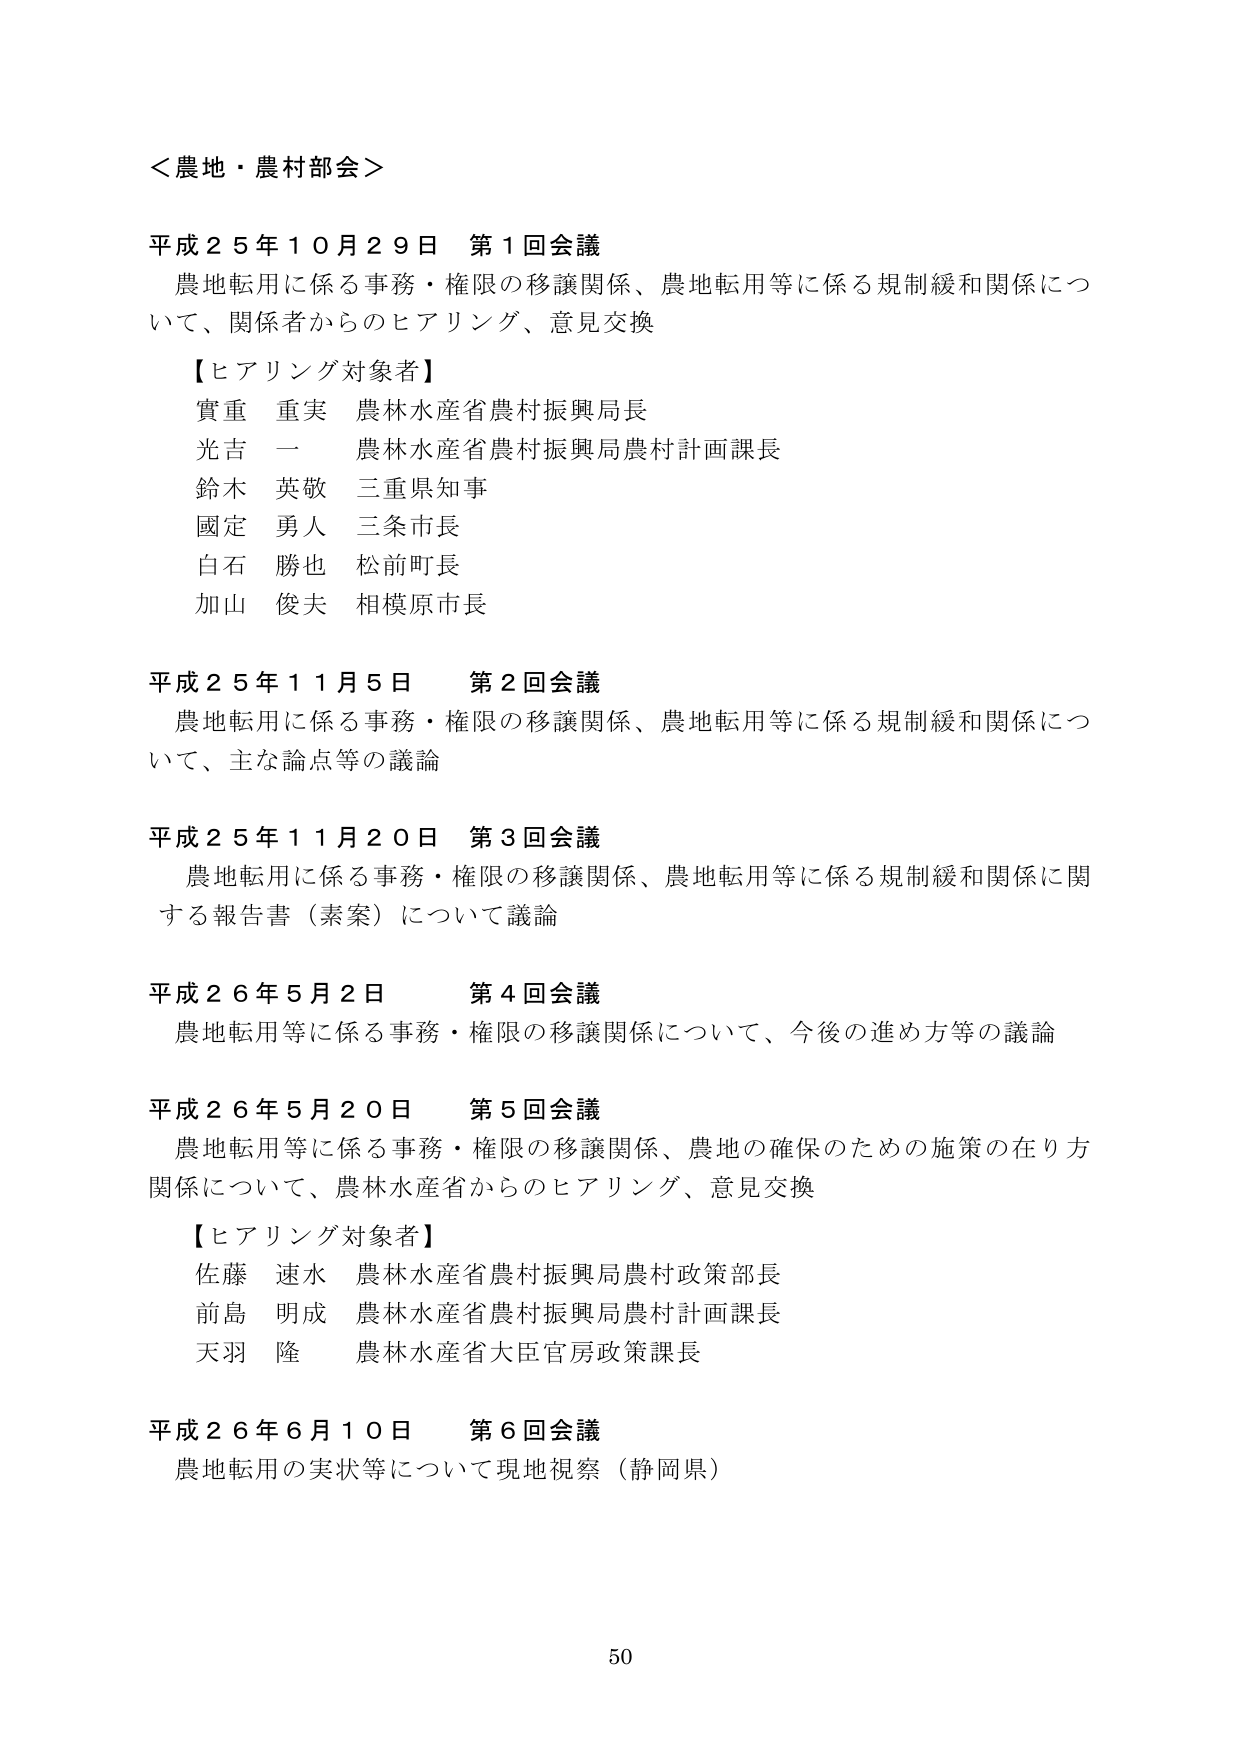
＜農地・農村部会＞

平成２５年１０月２９日　第１回会議
農地転用に係る事務・権限の移譲関係、農地転用等に係る規制緩和関係について、関係者からのヒアリング、意見交換

【ヒアリング対象者】
實重　重実　農林水産省農村振興局長
光吉　一　　農林水産省農村振興局農村計画課長
鈴木　英敬　三重県知事
國定　勇人　三条市長
白石　勝也　松前町長
加山　俊夫　相模原市長

平成２５年１１月５日　第２回会議
農地転用に係る事務・権限の移譲関係、農地転用等に係る規制緩和関係について、主な論点等の議論

平成２５年１１月２０日　第３回会議
農地転用に係る事務・権限の移譲関係、農地転用等に係る規制緩和関係に関する報告書（素案）について議論

平成２６年５月２日　第４回会議
農地転用等に係る事務・権限の移譲関係について、今後の進め方等の議論

平成２６年５月２０日　第５回会議
農地転用等に係る事務・権限の移譲関係、農地の確保のための施策の在り方関係について、農林水産省からのヒアリング、意見交換

【ヒアリング対象者】
佐藤　速水　農林水産省農村振興局農村政策部長
前島　明成　農林水産省農村振興局農村計画課長
天羽　隆　　農林水産省大臣官房政策課長

平成２６年６月１０日　第６回会議
農地転用の実状等について現地視察（静岡県）

50